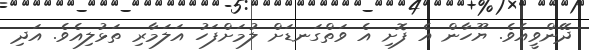
ދޭންވީއެވެ. ޔޫހާން އެ ފޮށި އެ ވަތްގަނޑަށް ލުމަށްފަހު އަލަމާރި ތަޅުލިއެވެ. އަދި